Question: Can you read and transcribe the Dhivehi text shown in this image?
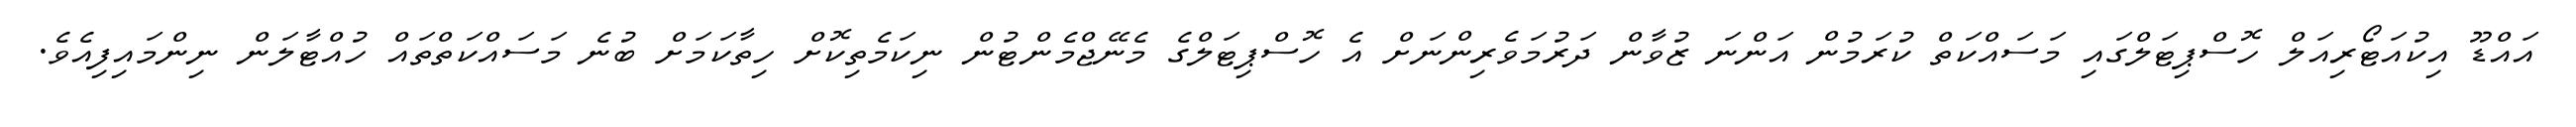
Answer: އައްޑޫ އިކުއަޓޯރިއަލް ހޮސްޕިޓަލްގައި މަސައްކަތް ކުރަމުން އަންނަ ޒުވާން ދަރުމަވެރިންނަށް އެ ހޮސްޕިޓަލްގެ މެނޭޖްމެންޓުން ނިކަމެތިކޮށް ހިތާކަމަށް ބުނެ މަސައްކަތްތައް ހުއްޓާލަން ނިންމައިފިއެވެ.